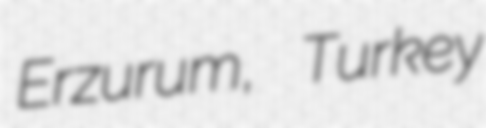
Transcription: Erzurum, Turkey